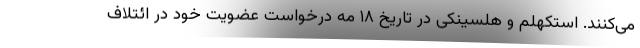
می‌کنند. استکهلم و هلسینکی در تاریخ ۱۸ مه درخواست عضویت خود در ائتلاف